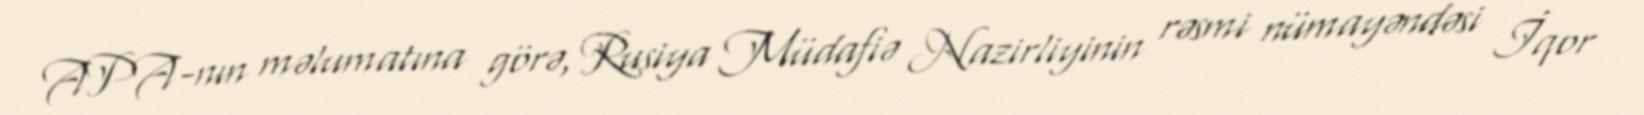
APA-nın məlumatına görə, Rusiya Müdafiə Nazirliyinin rəsmi nümayəndəsi İqor